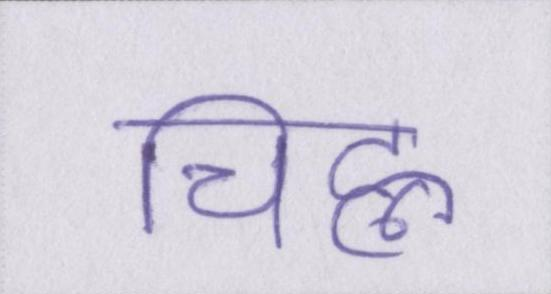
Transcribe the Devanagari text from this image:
चिह्न